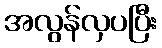
အလွန်လှပပြီး